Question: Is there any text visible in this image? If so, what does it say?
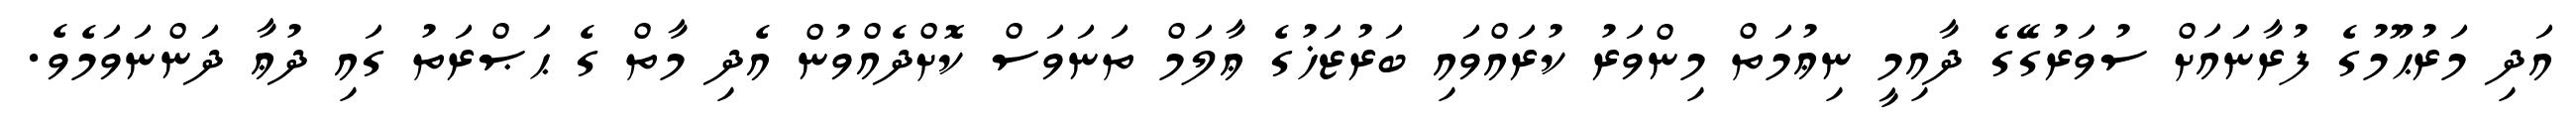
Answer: އަދި މަރުޙޫމުގެ ފުރާނައަށް ސުވަރުގޭގެ ދާއިމީ ނިޢުމަތް މިންވަރު ކުރައްވައި ބަރުޒަޚުގެ ޢާލަމް ތަނަވަސް ކޮށްދެއްވުން އެދި މާތް ގެ ޙަޞްރަތު ގައި ދުޢާ ދަންނަވަމެވެ.